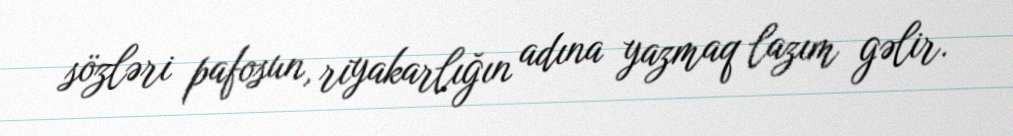
sözləri pafosun, riyakarlığın adına yazmaq lazım gəlir.